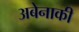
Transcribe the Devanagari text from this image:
अबेनाकी